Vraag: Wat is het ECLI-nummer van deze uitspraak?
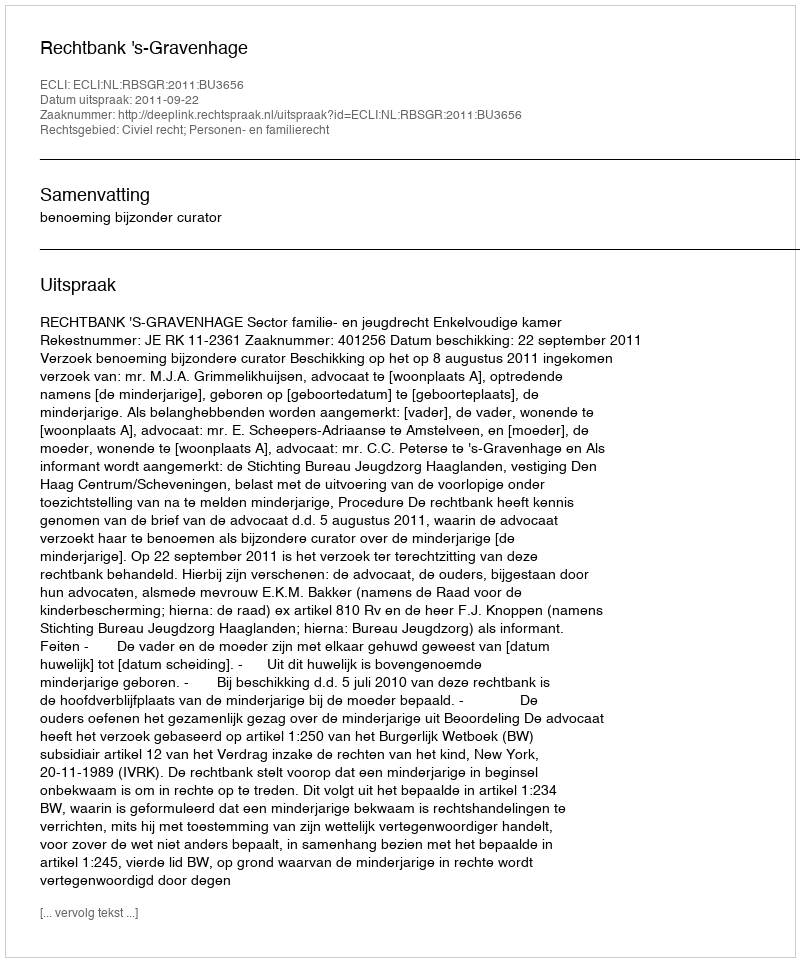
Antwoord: ECLI:NL:RBSGR:2011:BU3656